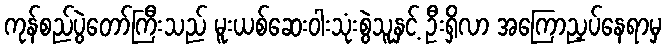
ကုန်စည်ပွဲတော်ကြီးသည် မူးယစ်ဆေးဝါးသုံးစွဲသူနှင့် ဦးရှိလာ အကြောညှပ်နေရာမှ